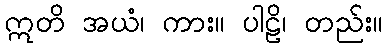
ဣတိ အယံ၊ ကား။ ပါဠိ၊ တည်း။